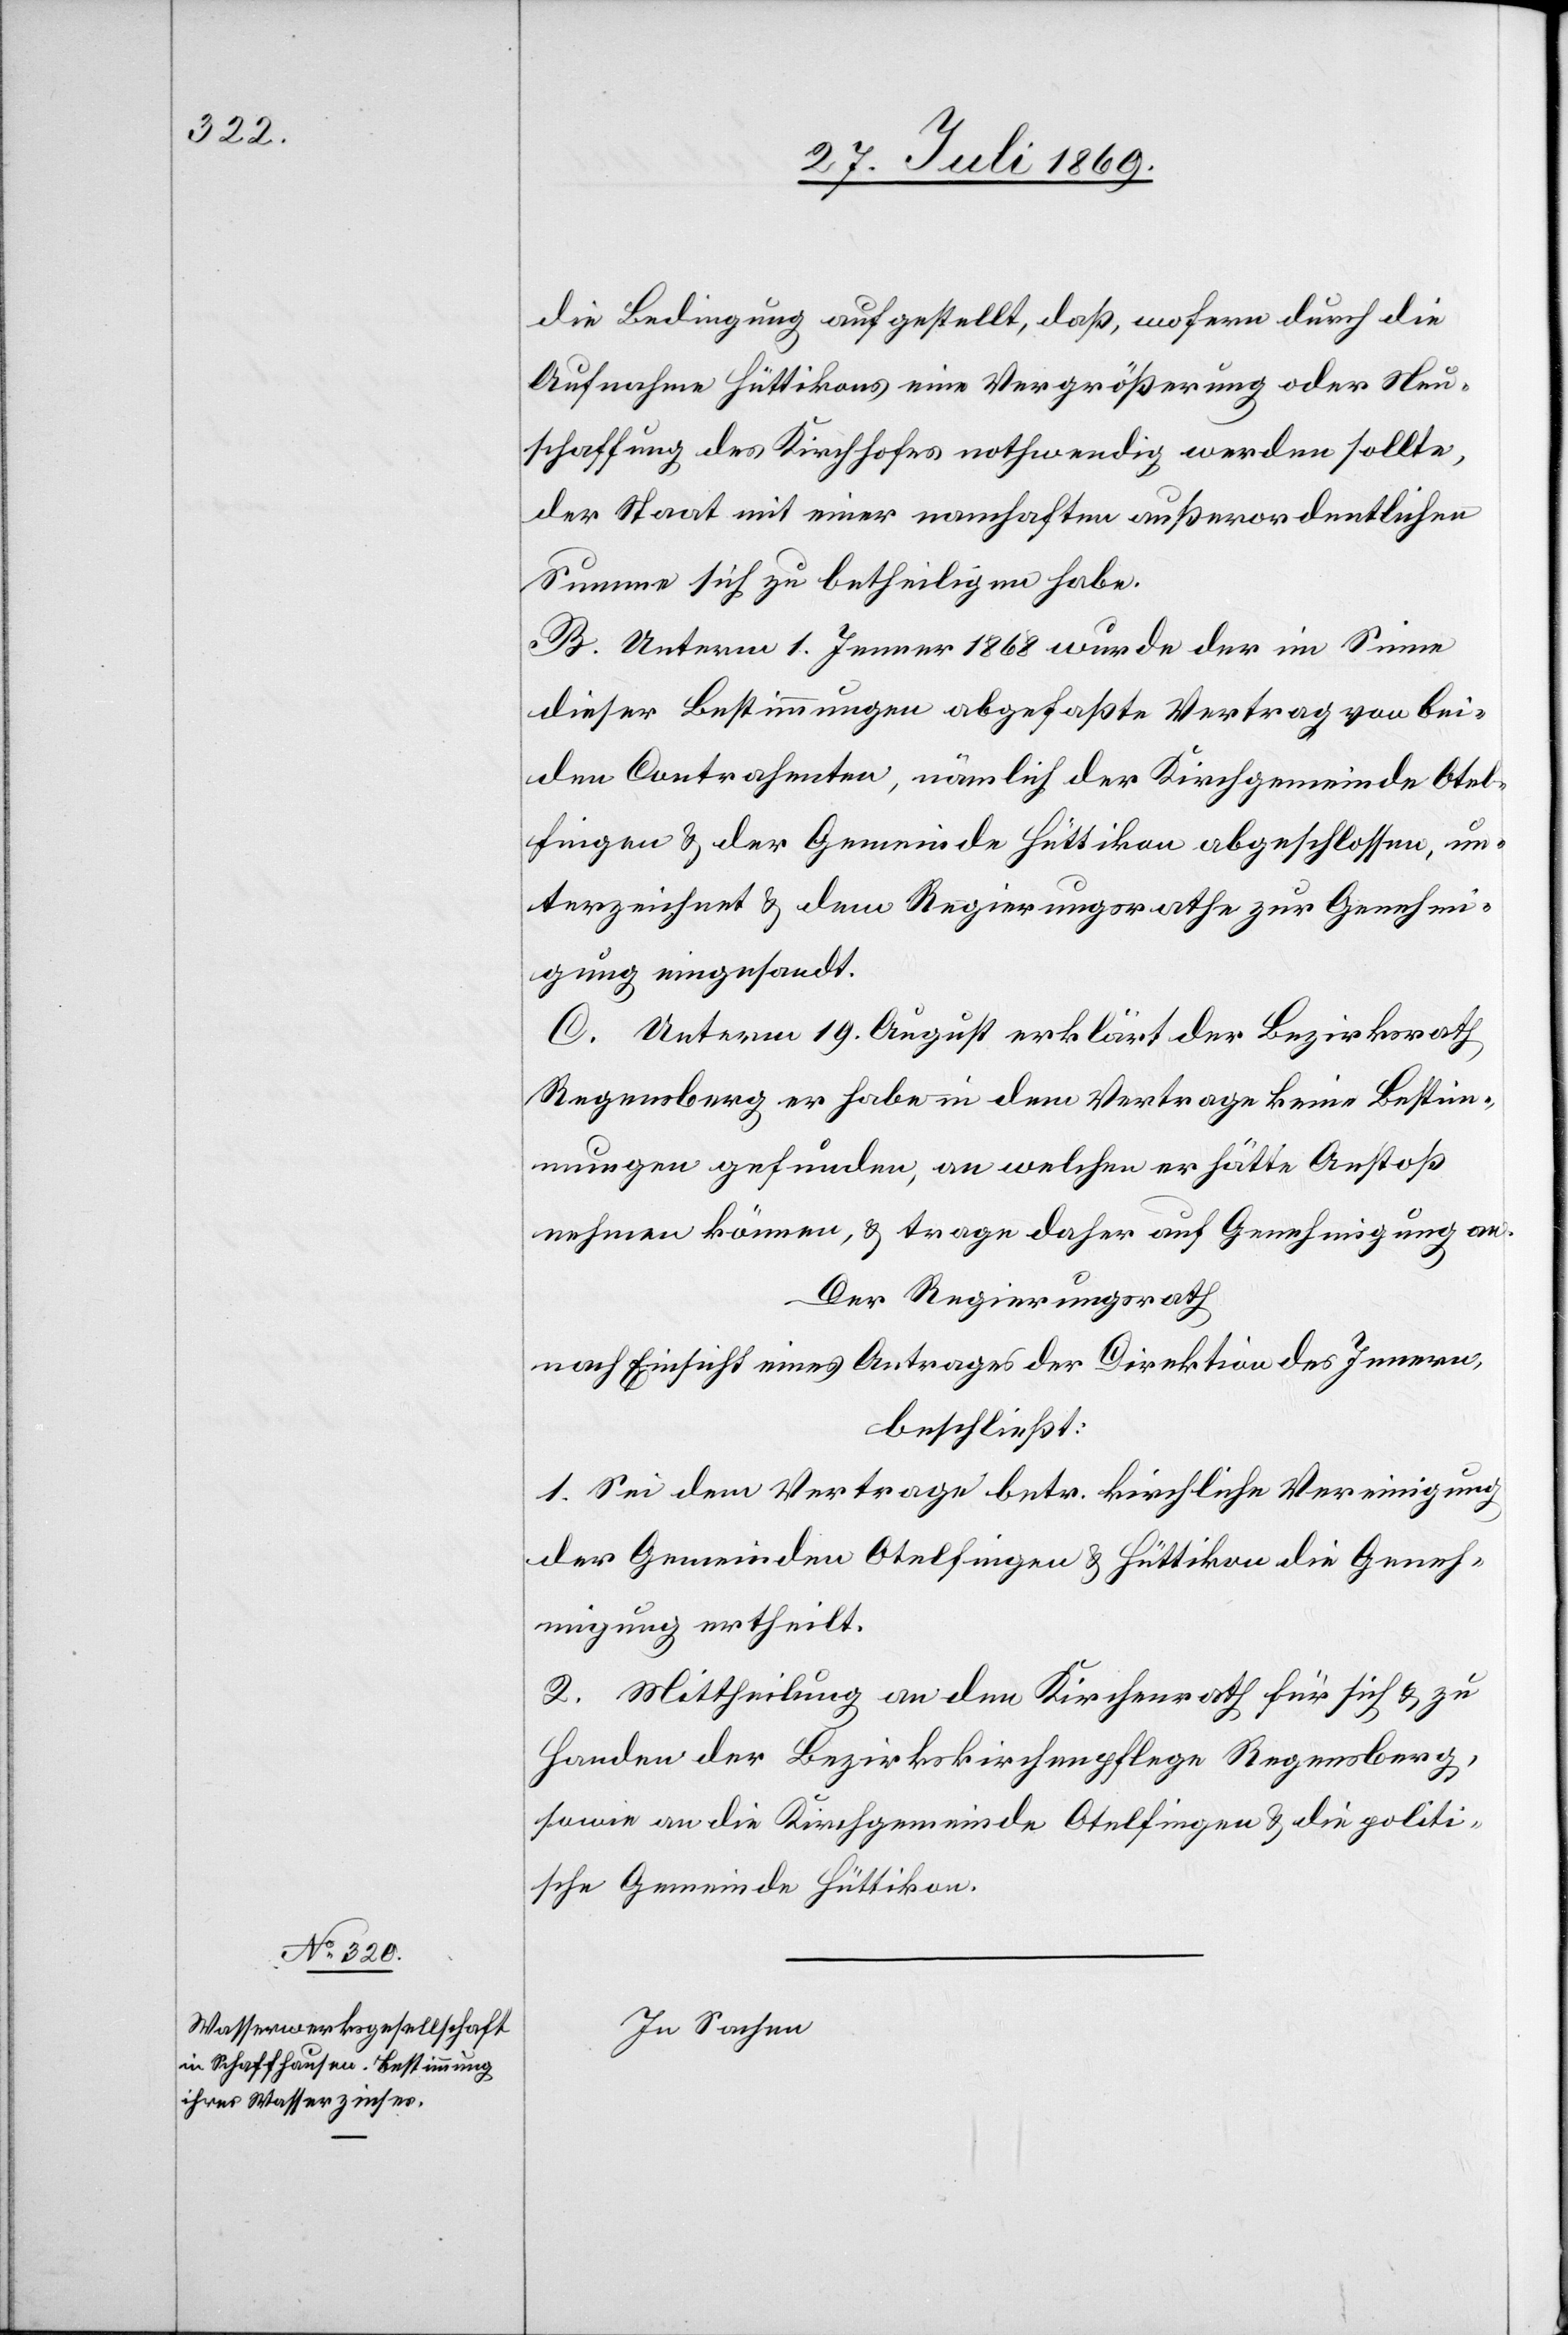
die Bedingung aufgestellt, daß, wofern durch die
Aufnahme Hüttikons eine Vergrößerung oder Neu¬
schaffung der Kirchhofes nothwendig werden sollte,
der Staat mit einer namhaften außerordentlichen
Summe sich zu betheiligen habe.
B. Unterm 1 Jenner 1868 wurde der im Sinne
dieser Bestimmungen abgefaßte Vertrag von bei¬
den Contrahenten, nämlich der Kirchgemeinde Otel¬
fingen u. der Gemeinde Hüttikon abgeschlossen, un¬
terzeichnet u. dem Regierungsrathe zur Genehmi¬
gung eingesandt.
C. Unterm 19 August erklärt der Bezirksrathe
Regensberg er habe in dem Vertrage keine Bestim¬
mungen gefunden, an welchen er hätte Anstoß
nehmen können, u. trage daher auf Genehmigung an.
Der Regierungsrath
nach Einsicht eines Antrages der Direktion des Innern,
beschließt:
1. Sei dem Vertrage betr. kirchliche Vereinigung
der Gemeinden Otelfingen u. Hüttikon die Geneh¬
migung ertheilt.
2. Mittheilung an den Kirchenrathe für sich u. zu
Handen der Bezirkskirchenpflege Regensberg,
sowie an die Kirchgemeinde Otelfingen u. die politi¬
sche Gemeinde Hüttikon.
In Sachen